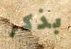
بذكر